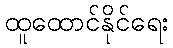
ထူထောင်နိုင်ရေး